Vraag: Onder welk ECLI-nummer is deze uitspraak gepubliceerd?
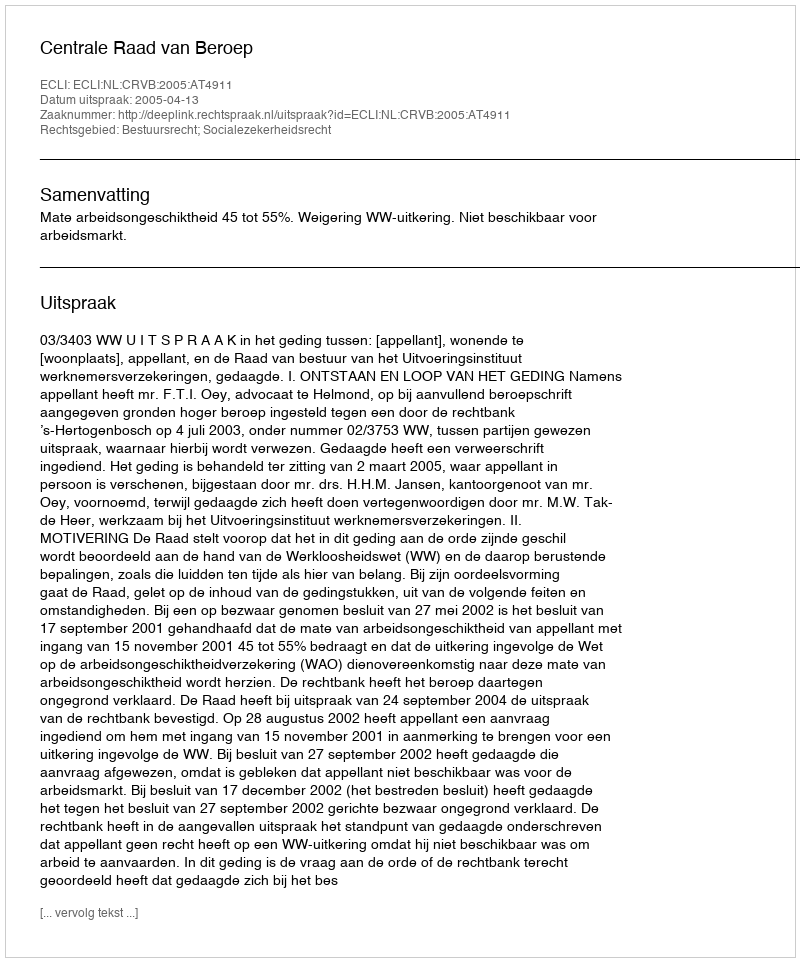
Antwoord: ECLI:NL:CRVB:2005:AT4911